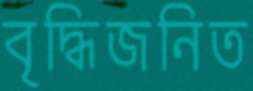
বৃদ্ধিজনিত